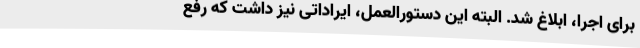
برای اجرا، ابلاغ شد. البته این دستورالعمل، ایراداتی نیز داشت که رفع